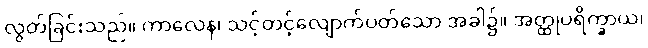
လွတ်ခြင်းသည်။ ကာလေန၊ သင့်တင့်လျောက်ပတ်သော အခါ၌။ အတ္ထုပရိက္ခာယ၊